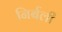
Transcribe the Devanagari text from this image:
निर्बली